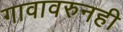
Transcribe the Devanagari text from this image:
गावावरुनही